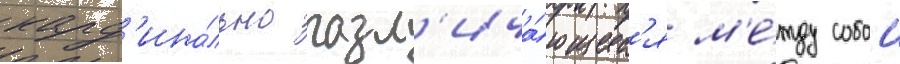
кард'ина́льно разл'ича́ющиес'я м'е́жду собои